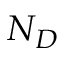
N _ { D }